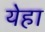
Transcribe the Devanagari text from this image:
येहा